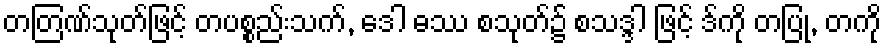
တတြဏ်သုတ်ဖြင့် တပစ္စည်းသက်, ဒေါ ဓဿ စသုတ်၌ စသဒ္ဒါ ဖြင့် ဒ်ကို တပြု, တကို